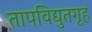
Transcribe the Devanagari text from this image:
तापविद्युतगृह